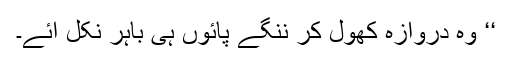
‘‘ وہ دروازہ کھول کر ننگے پائوں ہی باہر نکل آئے۔